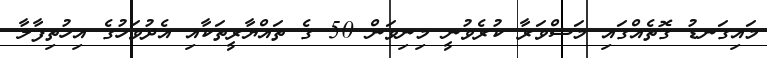
މައިގަނޑު ގޮތެއްގައި މަޝްވަރާ ކުރެވުނީ މިނިވަން 50 ގެ ތައްޔާރީތަކާއި އެދުވަހުގެ އިހުތިފާލާ